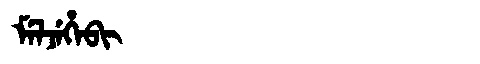
Manchu: ᠮᡝᠯᠵᡝᡥᡝᠪᡳ
Romanization: MELJEHEBI